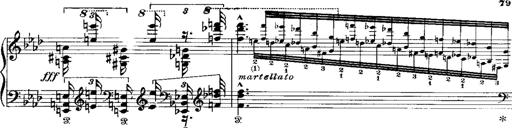
Title: Miserere du Trovatore
Composer: Franz Liszt